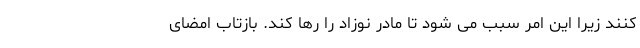
کنند زیرا این امر سبب می شود تا مادر نوزاد را رها کند. بازتاب امضای